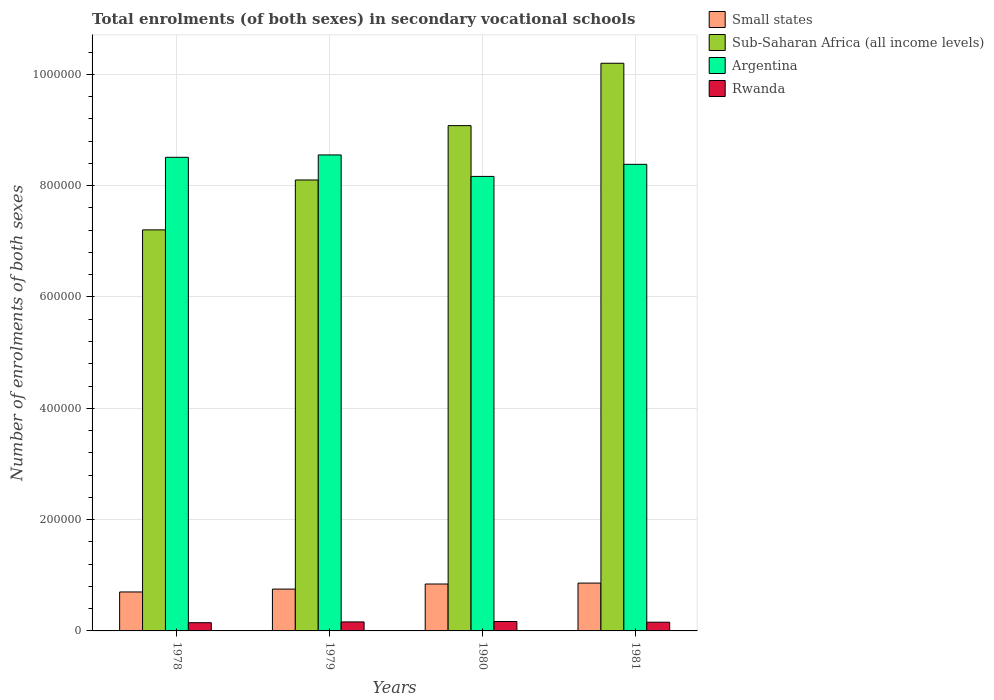
| Years | Small states | Sub-Saharan Africa (all income levels) | Argentina | Rwanda |
 | --- | --- | --- | --- | --- |
 | 1978 | 7e+04 | 7.21e+05 | 8.51e+05 | 1.48e+04 |
 | 1979 | 7.52e+04 | 8.1e+05 | 8.55e+05 | 1.62e+04 |
 | 1980 | 8.43e+04 | 9.08e+05 | 8.17e+05 | 1.69e+04 |
 | 1981 | 8.59e+04 | 1.02e+06 | 8.38e+05 | 1.56e+04 |